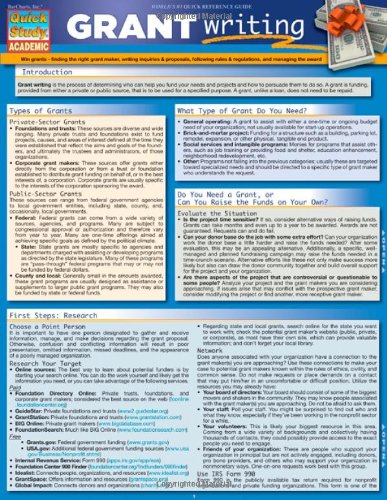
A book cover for Grant Writing (Quick Study: Academic); Inc. BarCharts; Business & Money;